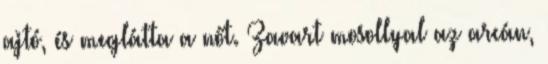
ajtó, és meglátta a nőt. Zavart mosollyal az arcán,